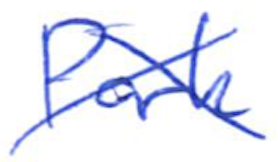
Text: Park
Cross-out: cross
Writing tool: ballpoint